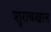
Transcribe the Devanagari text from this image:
शुराबखान